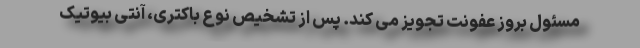
مسئول بروز عفونت تجویز می کند. پس از تشخیص نوع باکتری، آنتی بیوتیک